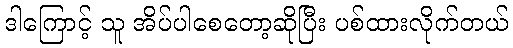
ဒါကြောင့် သူ အိပ်ပါစေတော့ဆိုပြီး ပစ်ထားလိုက်တယ်